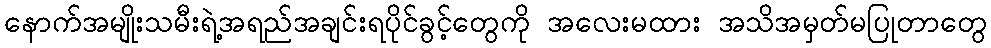
နောက်အမျိုးသမီးရဲ့အရည်အချင်းရပိုင်ခွင့်တွေကို အလေးမထား အသိအမှတ်မပြုတာတွေ